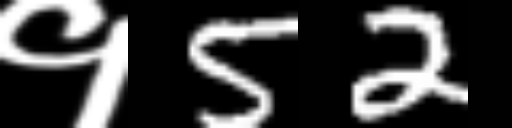
Text: १52